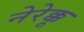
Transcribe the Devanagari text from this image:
नेरेक्कू